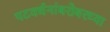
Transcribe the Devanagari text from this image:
पटवर्धनांबरोबरच्या